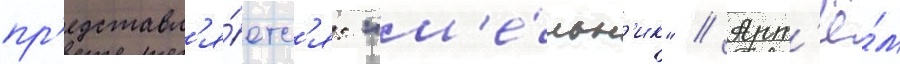
пр'едставл'я́етс'я: "м'е́льн'ик" // Арт'ё́м